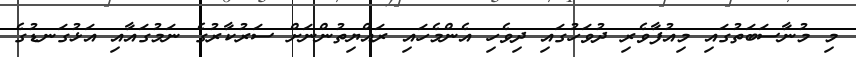
މި މުނާސަބަތުގައި މިއުފާވެރި ދުވަހުގައި ދިވެހި އެންމެހައި ރައްޔިތުންނަށް ސަރުކާރުގެ ނަމުގައާއި އަޅުގަނޑުގެ